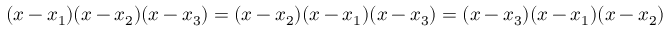
( x - x _ { 1 } ) ( x - x _ { 2 } ) ( x - x _ { 3 } ) = ( x - x _ { 2 } ) ( x - x _ { 1 } ) ( x - x _ { 3 } ) = ( x - x _ { 3 } ) ( x - x _ { 1 } ) ( x - x _ { 2 } )